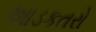
આડકતરો